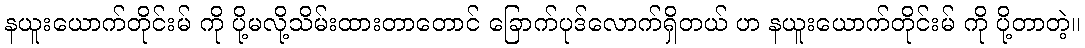
နယူးယောက်တိုင်းမ် ကို ပို့မလို့သိမ်းထားတာတောင် ခြောက်ပုဒ်လောက်ရှိတယ် ဟ နယူးယောက်တိုင်းမ် ကို ပို့တာတဲ့။